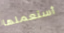
أستعملها